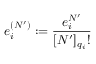
e _ { i } ^ { ( N ^ { \prime } ) } : = \frac { e _ { i } ^ { N ^ { \prime } } } { [ N ^ { \prime } ] _ { q _ { i } } ! }